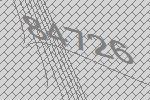
84726